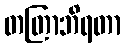
တတြာဘိရတာ